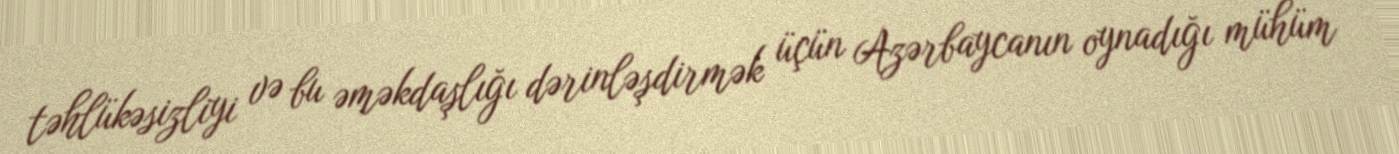
təhlükəsizliyi və bu əməkdaşlığı dərinləşdirmək üçün Azərbaycanın oynadığı mühüm